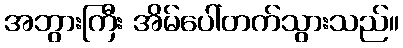
အဘွားကြီး အိမ်ပေါ်တက်သွားသည်။